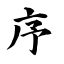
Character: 序